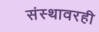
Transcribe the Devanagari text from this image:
संस्थावरही